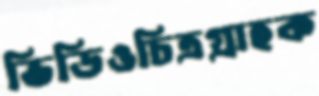
ভিডিওচিত্রগ্রাহক